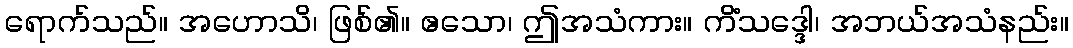
ရောက်သည်။ အဟောသိ၊ ဖြစ်၏။ ဧသော၊ ဤအသံကား။ ကိံသဒ္ဒေါ၊ အဘယ်အသံနည်း။